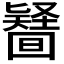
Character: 𠤪